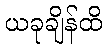
ယခုချိန်ထိ